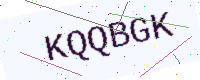
Text: KQQBGK